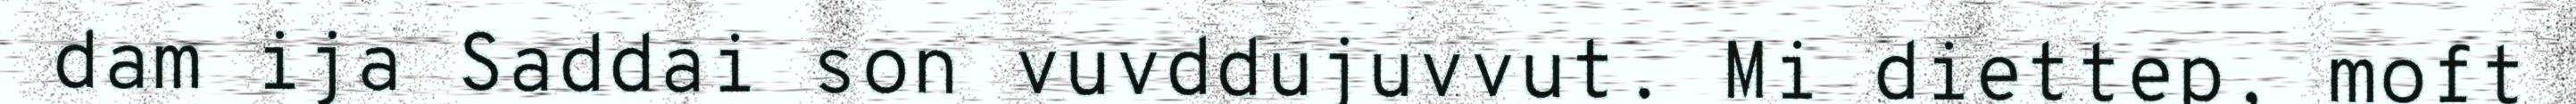
dam ija Saddai son vuvddujuvvut. Mi diettep, moft